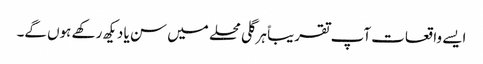
ایسے واقعات آپ تقریباً ہر گلی محلے میں سن یا دیکھ رکھے ہوں گے۔